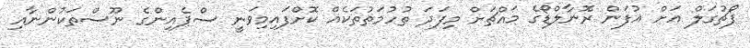
ޕޯޗުގަލް އަށް އުފަން ރޮނާލްޑޯގެ މައްޗަށް މިފަދަ ތުހުމަތުތަކެއް ކޮށްފައިމިވަނީ ސްޕެއިންގެ ނޫސްތަކުންނާއި